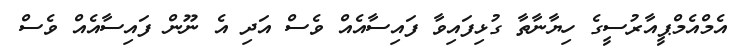
އެމްއެމްޕީއާރުސީގެ ހިޔާނާތާ ގުޅިފައިވާ ފައިސާއެއް ވެސް އަދި އެ ނޫން ފައިސާއެއް ވެސް